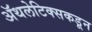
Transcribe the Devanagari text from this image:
ॲथलेटिक्सकडून